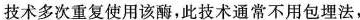
技术多次重复使用该酶，此技术通常不用包埋法，